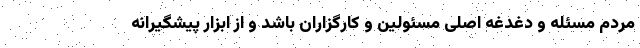
مردم مسئله و دغدغه اصلی مسئولین و کارگزاران باشد و از ابزار پیشگیرانه